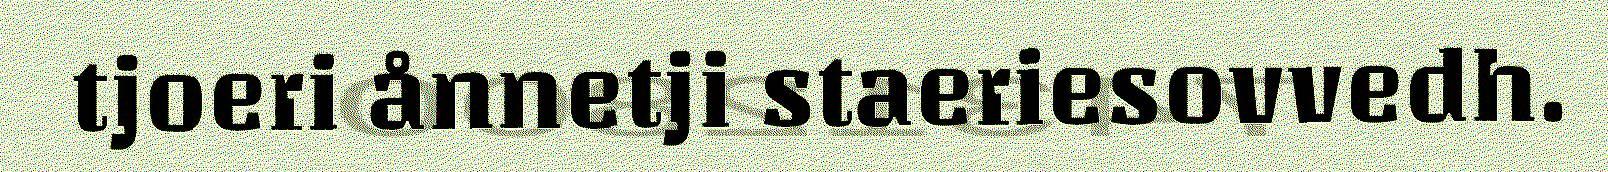
tjoeri ånnetji staeriesovvedh.